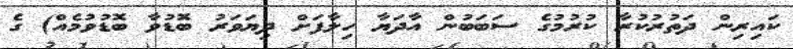
ކައިރިން ދަތުރުކުރާ ކުރުމުގެ ސަބަބުން އާދަޔާ ހިލާފަށް ދިޔަވަރު ބޮޑުވާ ބޮޑުވުމެއް) ގެ